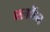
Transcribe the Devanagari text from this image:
क्लफॅम